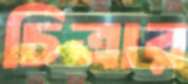
চিত্রার